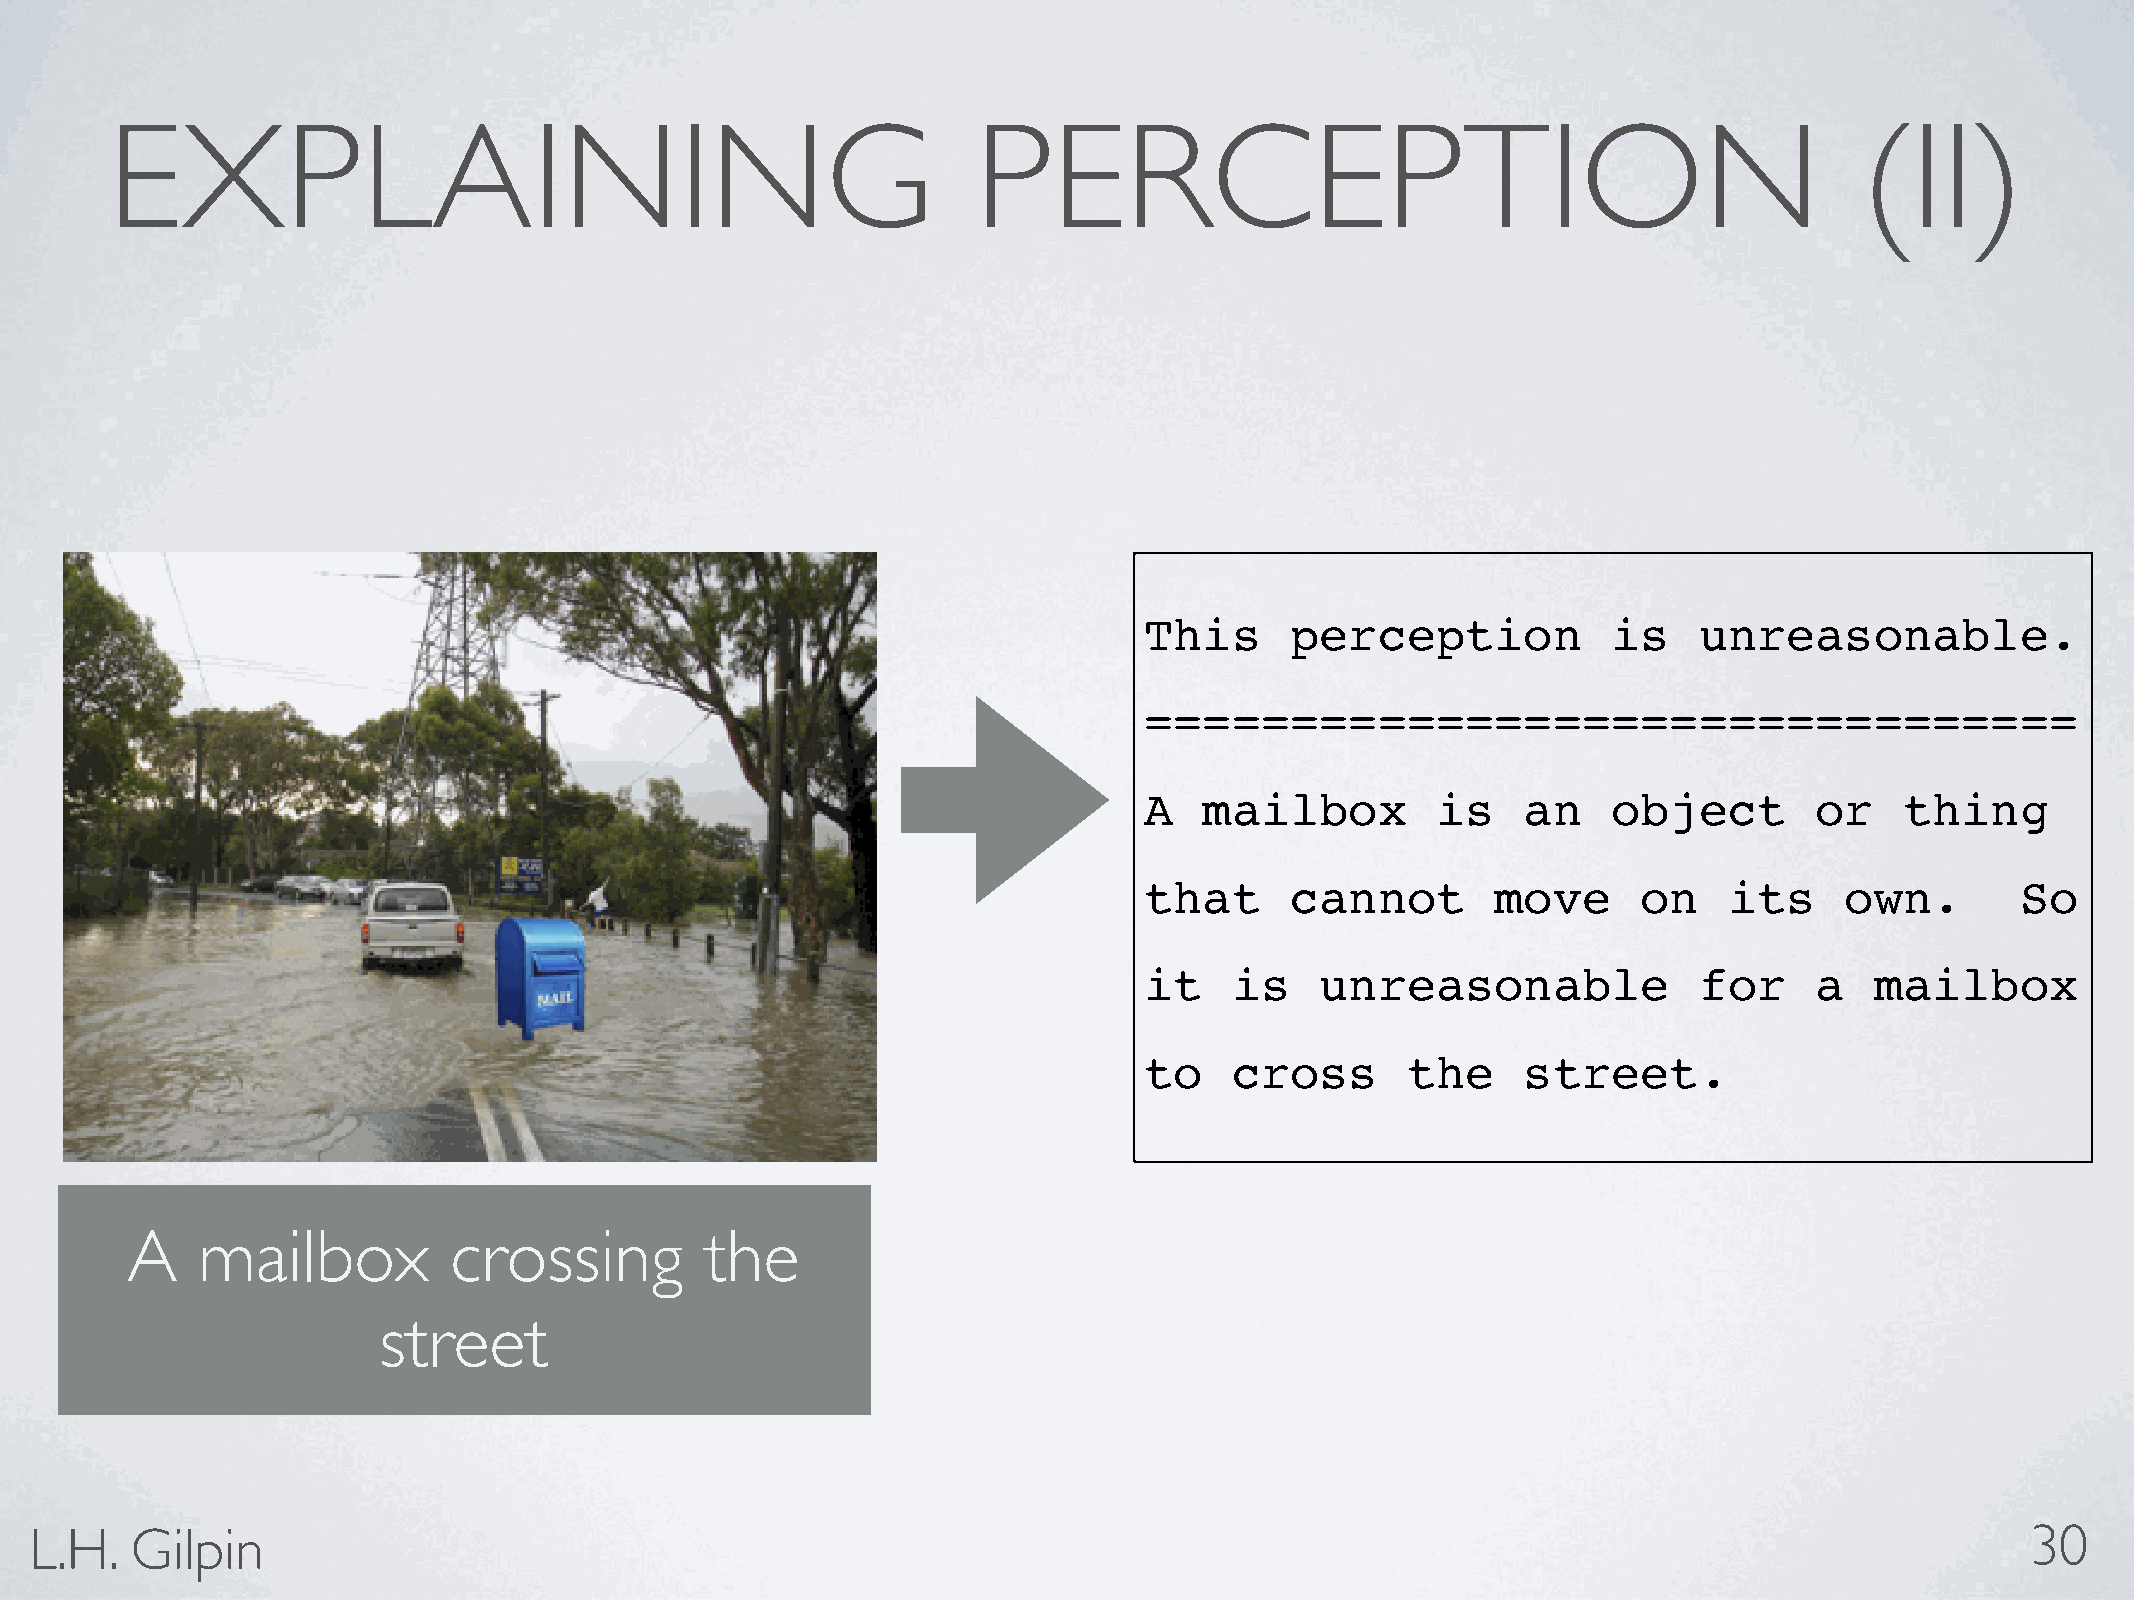
EXPLAINING                                                PERCEPTION                                                (II)
 This     perception            is   unreasonable.
 ================================
 A   mailbox        is    an    object       or    thing
 that     cannot        move      on   its     own.        So
 it    is   unreasonable             for     a   mailbox
 to    cross      the     street.
 A    mailbox          crossing         the
 street
 L.H.   Gilpin                                                                                                                       30